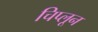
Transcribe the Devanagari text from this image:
चिप्लून